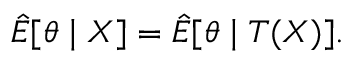
{ \hat { E } } [ \theta \mid X ] = { \hat { E } } [ \theta \mid T ( X ) ] .